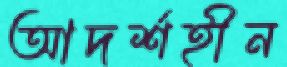
আদর্শহীন